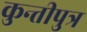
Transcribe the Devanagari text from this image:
कुन्तीपुत्र